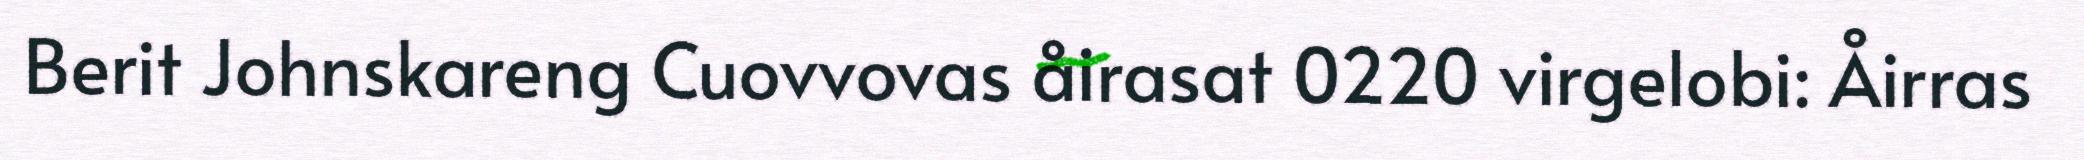
Berit Johnskareng Cuovvovas åirasat 0220 virgelobi: Åirras